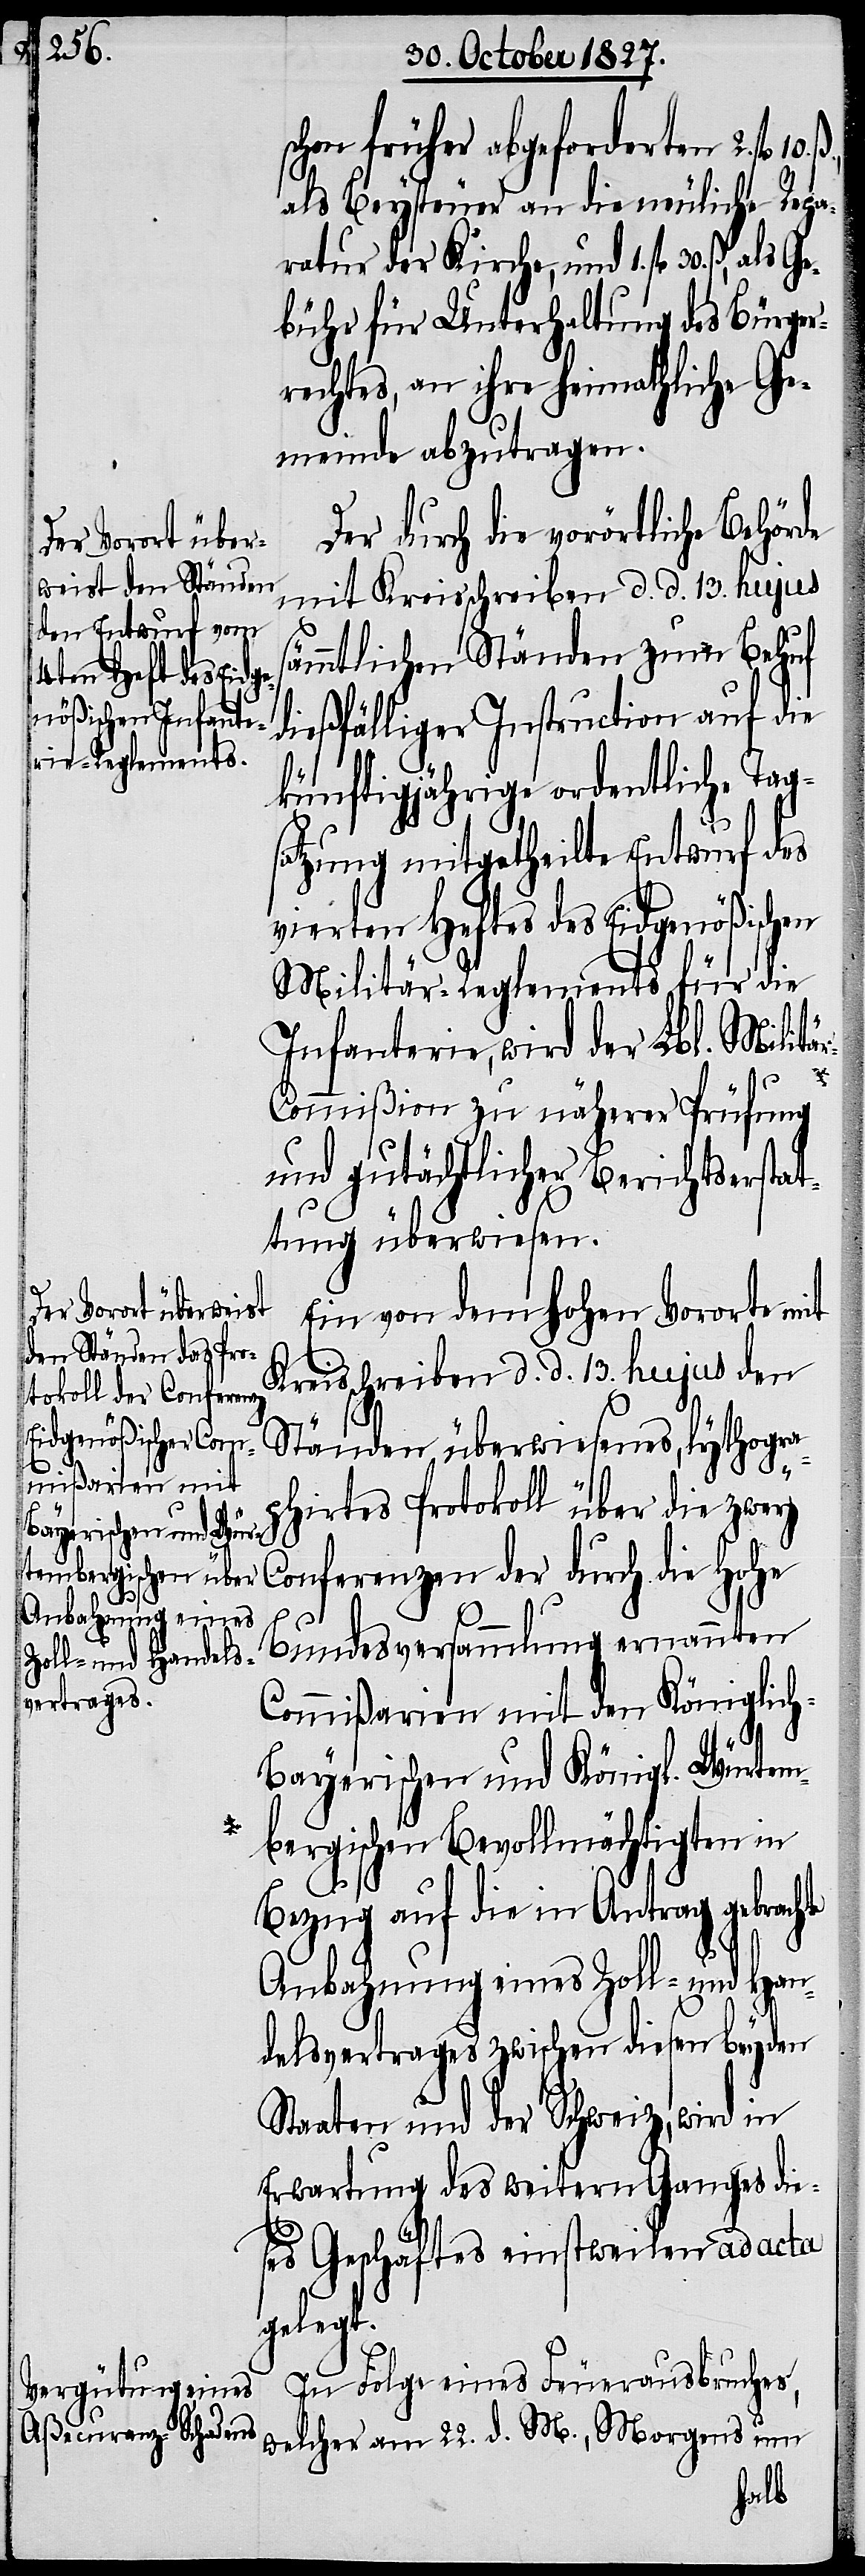
Ge¬

schon früher abgeforderten 2. fl.
als Beysteuer an die neuliche Repa¬
ratur der Kirche, und 1. fl. 30. ß,
bühr für Unterhaltung des Bürger¬
rechtes, an ihre heimathliche Ge¬
meinde abzutragen.
Der durch die vorörtliche Behörde
mit Kreisschreiben d. d. 13. hujus s¬
ämmtlichen Ständen zum Behuf
dießfälliger Instruction auf die
künftigjährige ordentliche Tags¬
atzung mitgetheilte Entwurf des
vierten Heftes des Eidgenößischen
Militär-Reglements für die
Infanterie, wird der Lbl. Militä¬
r-C¬
ommißion zu näherer Prüfung
und gutächtlicher Berichtserstat¬
tung überwiesen.
Ein von dem hohen Vororte mit
Kreisschreiben d. d. 13. hujus den
Ständen überwiesenes, lythogra¬
phirtes Protokoll über die zwey
Conferenzen der durch die Hohe
Bundesversammlung ernannten
Commißarien mit den Königlic¬
h-Bayerischen und Königl. Würtem¬
bergischen Bevollmächtigten in
Bezug auf die in Antrag gebrachte
Anbahnung eines Zoll- und Han¬
delsvertrages zwischen diesen beyden
Staaten und der Schweiz, wird in
Erwartung des weitern Ganges die¬
ses Geschäftes einstweilen ad acta
gelegt.
In Folge eines Feuerausbruches,
welcher am 22. d. M., Morgens um
als